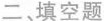
二、填空题